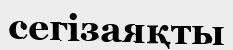
сегізаяқты